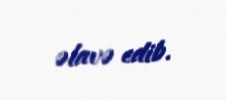
əlavə edib.